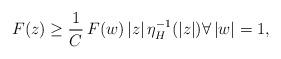
LaTeX: \begin{align*}F(z)\ge \frac{1}{C}\, F(w)\, |z|\, \eta^{-1}_H(|z|)\forall \, |w|=1,\end{align*}